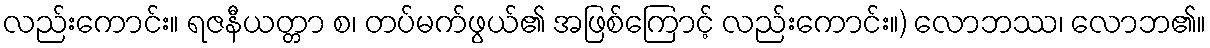
လည်းကောင်း။ ရဇနီယတ္တာ စ၊ တပ်မက်ဖွယ်၏ အဖြစ်ကြောင့် လည်းကောင်း။) လောဘဿ၊ လောဘ၏။